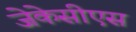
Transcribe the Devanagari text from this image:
जेकेसीएस